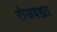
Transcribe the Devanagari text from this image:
रोजवह्या